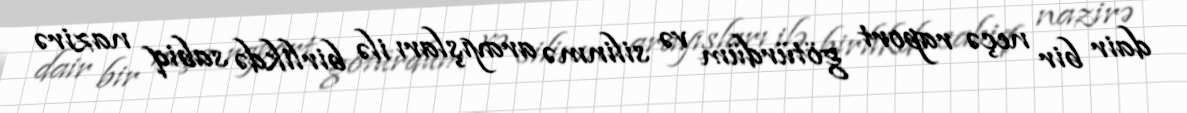
dair bir neçə raport götürdüm və silinmə arayışları ilə birlikdə sabiq nazirə